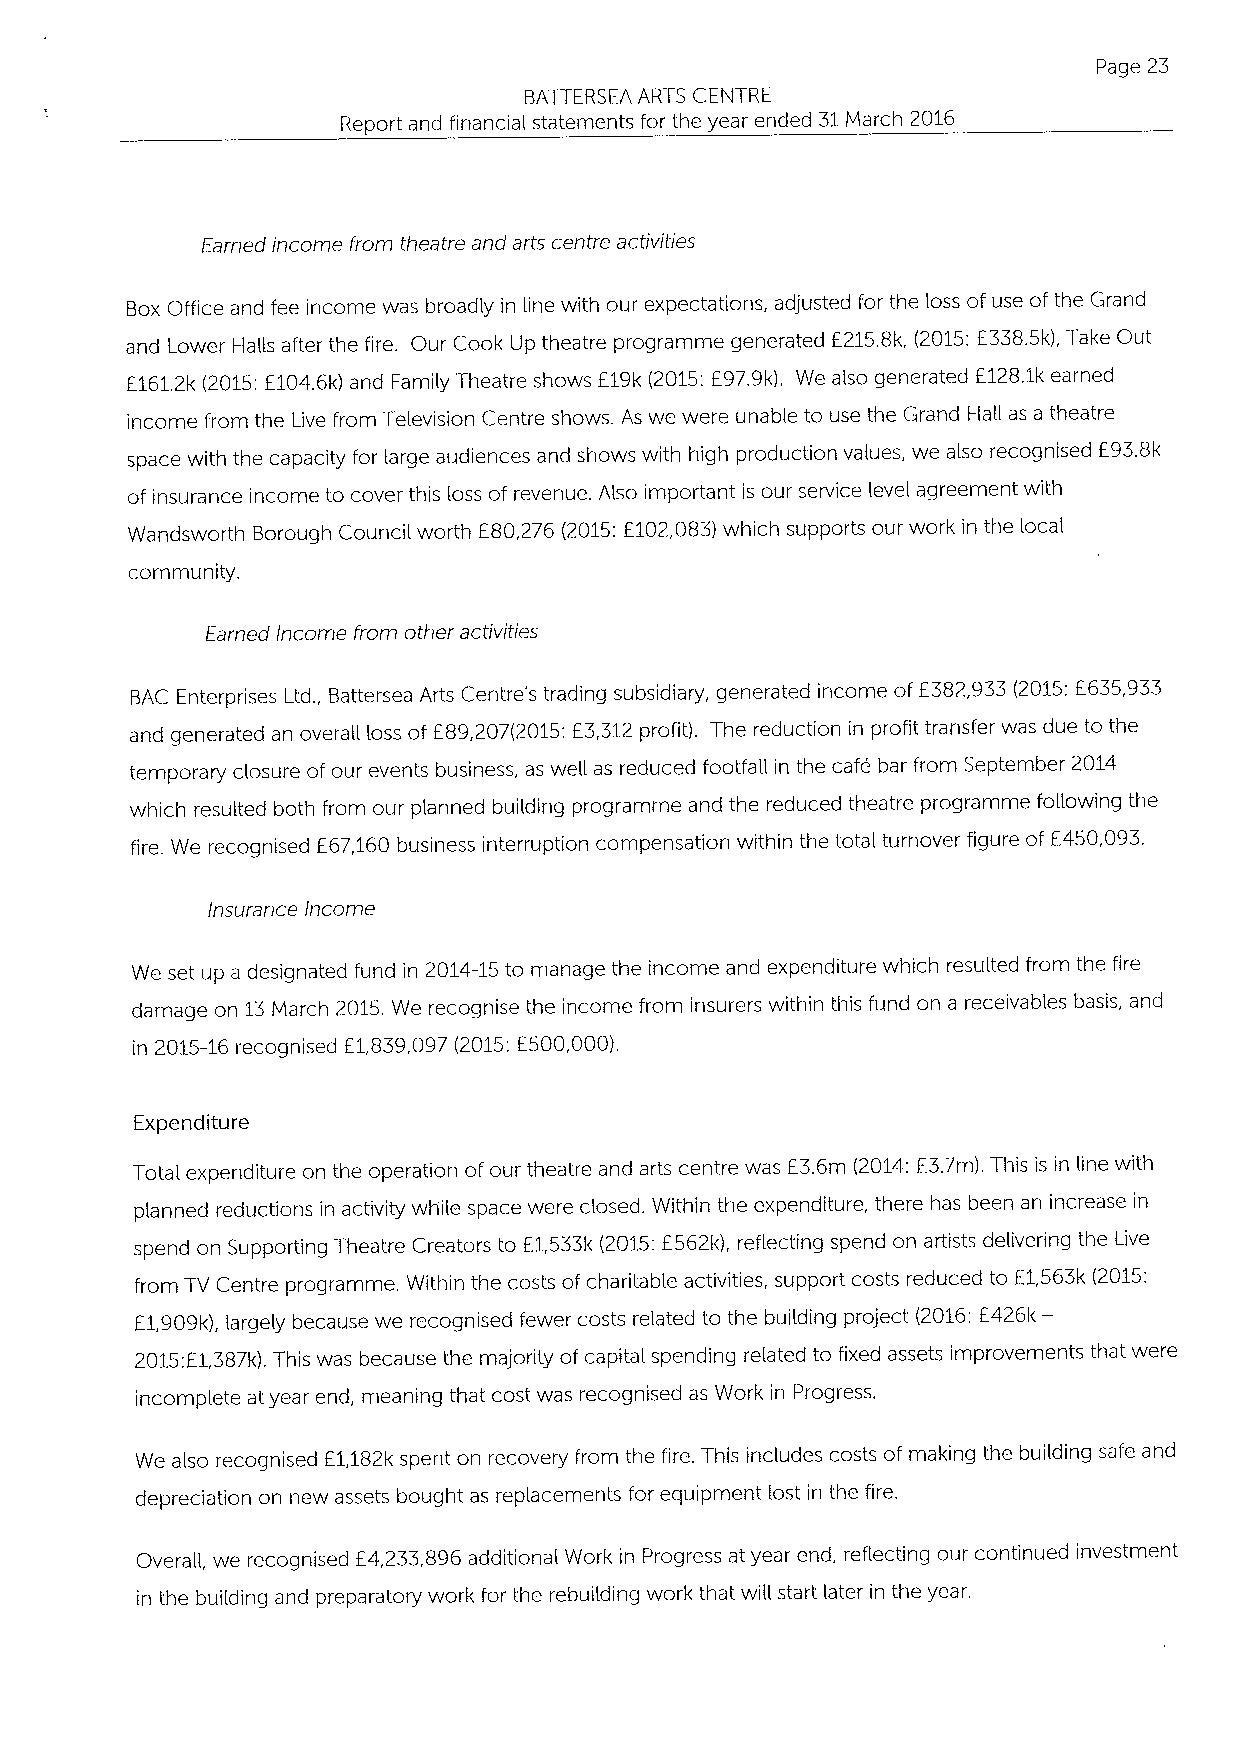
Page 23
 BATTERSEA ARTS CENTRE
 Report and financial statements for the year ended 31March 2016
 Earned income from theatre and arts centre activities
 BoxOffice and fee income was broadly in line with our expectations, adjusted for the loss of use ofthe Grand
 and Lower HaHs after the fire. Our Cook Up theatre programme generated E215.8k, (2015:E338.5k), Take Out
 E161.2k (2015:E104.6k) and Family Theatre shows E19k(2015:E97.9k). We also generated E128.1k earned
 income from the Live from Television Centre shows. As we were unable to use the Grand HaH as a theatre
 space with the capacity for large audiences and shows with high production values, we also recognised E93.8k
 of insurance income to cover this loss of revenue. Also important is our service level agreement with
 Wandsworth Borough Council worth E80,276 (2015:E102,083)which supports our work in the local
 community.
 Earned Income from other activities
 BAC Enterprises Ltd,, Battersea Arts Centre's trading subsidiary, generated income of E382,933(2015:E635,933
 and generated an overall loss of E89,207(2015:E3,312profit). The reduction in profit transfer was due to the
 temporary closure of our events business, as well as reduced footfaH in the cafe bar from September 2014
 which resulted both from our planned building programme and the reduced theatre programme following the
 fire. We recognised E67,160business interruption compensation within the total turnover figure of E450,093.
 Insurance Income
 We set up a designated fund in 2014-15to manage the income and expenditure which resulted from the fire
 damage on 13March 2015.We recognise the income from insurers within this fund on a receivables basis, and
 in
 2015-16recognised E1,839,097 (2015:E500,000).
 Expenditure
 Total expenditure on the operation ofour theatre and arts centre was E3.6m (2014:E3.7m). This is in line with
 planned reductions in activity while space were closed. Within the expenditure, there has been an increase in
 spend on Supporting Theatre Creators to E1,533k (2015:E562k), reflecting spend on artists delivering the Live
 from TV Centre programme. Within the costs of charitable activities, support costs reduced to E1,563k (2015:
 E1,909k), largely because we recognised fewer costs related to the building project (2016:E426k—
 2015:E1,387k).This was because the majority of capital spending related to fixed assets improvements that were
 incomplete at year end, meaning that cost was recognised as Work in Progress,
 We also recognised E1,182k spent on recovery from the fire. This includes costs of making the building safe and
 depreciation on new assets bought as replacements for equipment lost in the fire.
 Overall, we recognised E4,233,896additional Work in Progress at year end, reflecting our continued investment
 in the building and preparatory work for the rebuilding work that will start later in the year.